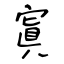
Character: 寘